Civil Veterinary Dept. North-West Frontier Province 1923-32 - 1923-1932
Year: 1923
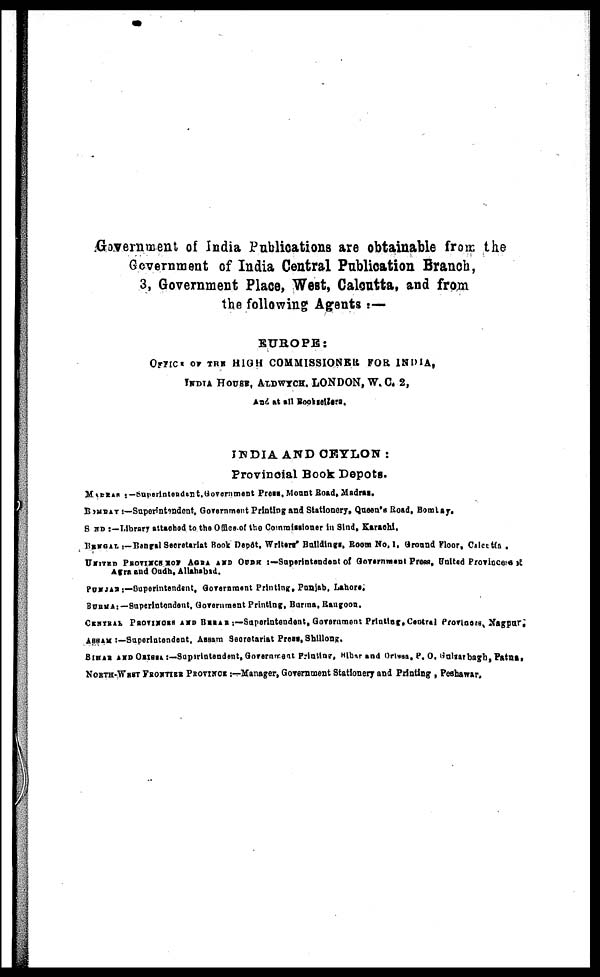
Government of India Publications are obtainable from the
Government of India Central Publication Branch,
3, Government Place, West, Calcutta, and from
the following Agents :—
EUROPE:
OFFICE OF THE HIGH COMMISSIONER FOR INDIA,
INDIA HOUSE, ALDWYCH. LONDON, W. C. 2,
And at all Booksellers.
INDIA AND CEYLON :
Provincial Book Depots.
MADRAS :—Superintendent. Government Press, Mount Road, Madras.
BOMBAY :—Superintendent, Government Printing and Stationery, Queen's Road, Bombay.
SIND :—Library attached to the Office of the Commissioner in Sind, Karachi.
BENGAL :—Bengal Secretariat Book Depôt, Writers' Buildings, Room No. 1, Ground Floor, Calcutta.
UNITED PROVINCE FOR AGRA AND OUDH :—Superintendent of Government Press, United Provinces.
Agra and Oudh, Allahabad.
PUNJAB :—Superintendent, Government Printing, Punjab, Lahore.
BURMA :—Superintendent, Government Printing, Burma, Rangoon.
CENTRAL PROVINCE AND BIHAR :—Superintendent, Government Printing, Central Provinces, Nagpur.
ASSAM :—Superintendent, Asaam Secretariat Press, Shillong.
BIHAR AND ORISSA :—Supritendent, Government Printiar,Bihar and Orissa, P. O. Gulsarbagh, Patna.
NORTH-WEST FRONTIER PROVINCE :—Manager, Government Stationery and Printing , Peshawar.